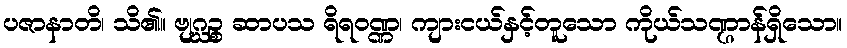
ပဇာနာတိ၊ သိ၏။ ဗျဂ္ဃဉ္စ ဆာပသ ရိရဝဏ္ဏ၊ ကျားငယ်နှင့်တူသော ကိုယ်သဏ္ဌာန်ရှိသော။